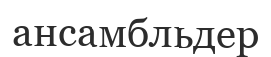
ансамбльдер